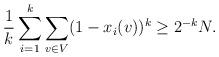
LaTeX: \begin{align*}\frac 1k \sum_{i=1}^k \sum_{v \in V} (1-x_i(v))^k \geq 2^{-k}N.\end{align*}